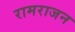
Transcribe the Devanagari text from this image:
रामराजन